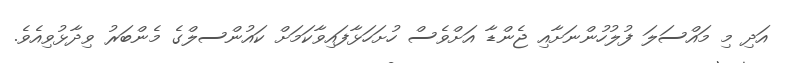
އަދި މި މައްސަލަ ފުލުހުންނަށާއި ޖެންޑާ އަށްވެސް ހުށަހަޅާފައިވާކަމަށް ކައުންސލްގެ މެންބަރު ވިދާޅުވިއެވެ.